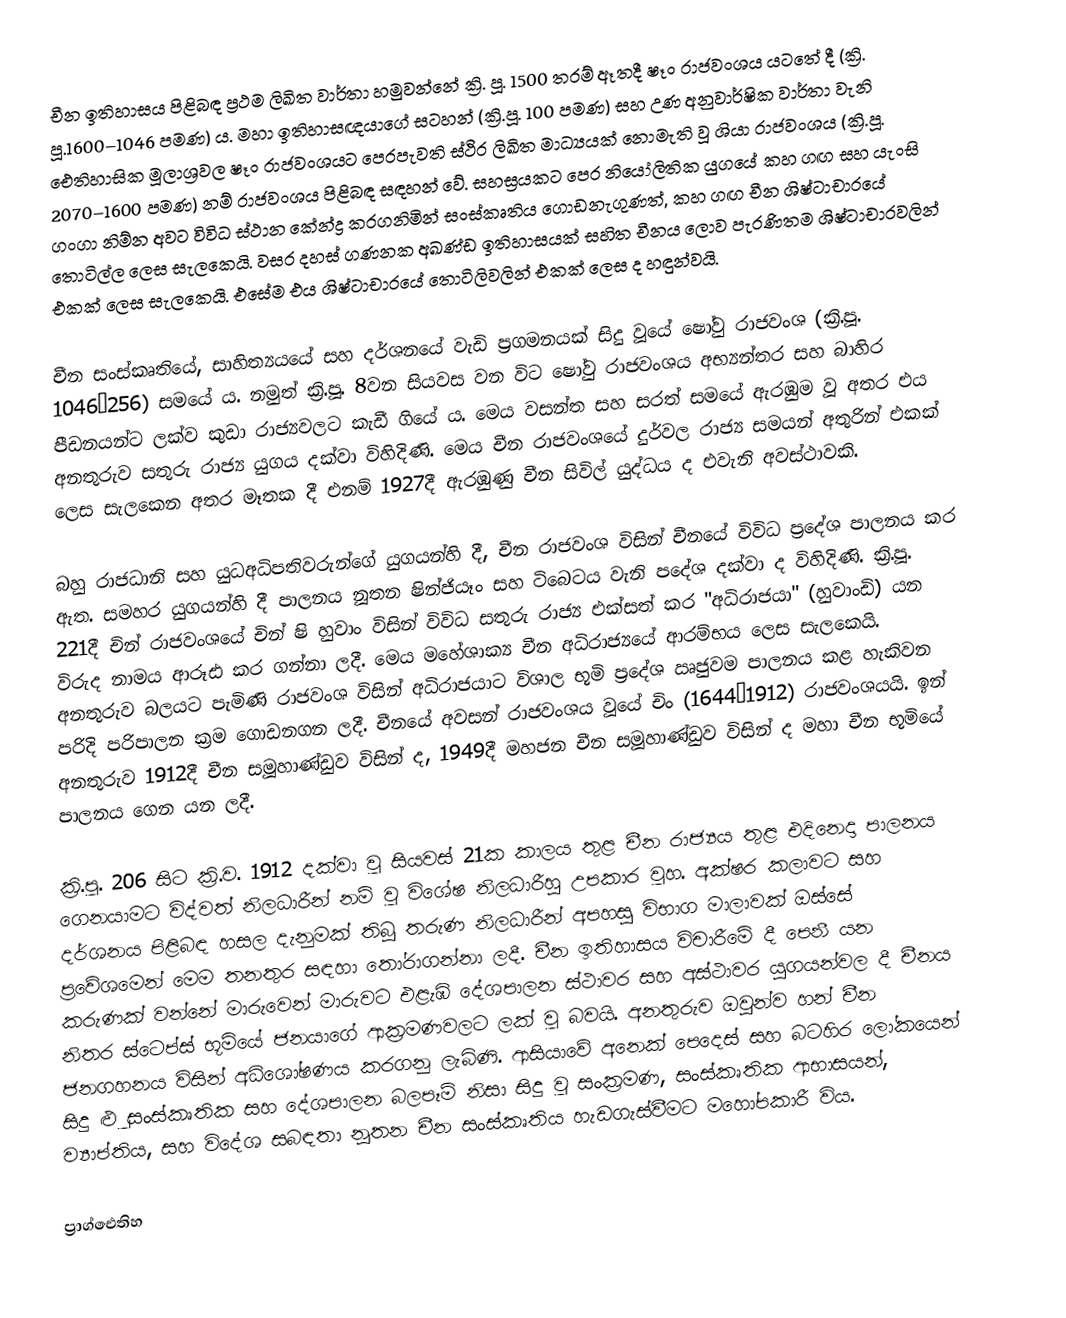
චීන ඉතිහාසය පිළිබඳ ප්‍රථම ලිඛිත වාර්තා හමුවන්නේ ක්‍රි. පූ. 1500 තරම් ඈතදී  ෂෑං රාජවංශය යටතේ දී (ක්‍රි. පූ.1600–1046 පමණ) ය. මහා ඉතිහාසඥයාගේ සටහන් (ක්‍රි.පූ. 100 පමණ) සහ උණ අනුවාර්ෂික වාර්තා වැනි ඓතිහාසික මූලාශ්‍රවල ෂෑං රාජවංශයට පෙරපැවති ස්ථිර ලිඛිත මාධ්‍යයක් නොමැති වූ ශියා රාජවංශය (ක්‍රි.පූ. 2070–1600 පමණ) නම් රාජවංශය පිළිබඳ සඳහන් වේ. සහස්‍රයකට පෙර නියෝලිතික යුගයේ කහ ගඟ සහ යැංසි ගංගා නිම්න අවට විවිධ ස්ථාන කේන්ද්‍ර කරගනිමින් සංස්කෘතිය ගොඩනැගුණත්, කහ ගඟ චීන ශිෂ්ටාචාරයේ තොටිල්ල ලෙස සැලකෙයි. වසර දහස් ගණනක අඛණ්ඩ ඉතිහාසයක් සහිත චීනය ලොව පැරණිතම ශිෂ්ටාචාරවලින් එකක් ලෙස සැලකෙයි. එසේම එය ශිෂ්ටාචාරයේ තොටිලිවලින් එකක් ලෙස ද හඳුන්වයි.

චීන සංස්කෘතියේ, සාහිත්‍යයයේ සහ දර්ශනයේ වැඩි ප්‍රගමනයක් සිදු වූයේ ෂෝවු රාජවංශ (ක්‍රි.පූ. 1046–256) සමයේ ය. නමුත් ක්‍රි.පූ. 8වන සියවස වන විට ෂෝවු රාජවංශය අභ්‍යන්තර සහ බාහිර පීඩනයන්ට ලක්ව කුඩා රාජ්‍යවලට කැඩී ගියේ ය. මෙය වසන්ත සහ සරත් සමයේ ඇරඹුම වූ අතර එය අනතුරුව සතුරු රාජ්‍ය යුගය දක්වා විහිදිණි. මෙය චීන රාජවංශයේ දුර්වල රාජ්‍ය සමයන් අතුරින් එකක් ලෙස සැලකෙන අතර මෑතක දී එනම් 1927දී ඇරඹුණු චීන සිවිල් යුද්ධය ද එවැනි අවස්ථාවකි.

බහු රාජධානි සහ යුධඅධිපතිවරුන්ගේ යුගයන්හි දී, චීන රාජවංශ විසින් චීනයේ විවිධ ප්‍රදේශ පාලනය කර ඇත. සමහර යුගයන්හි දී පාලනය නූතන ෂින්ජියෑං සහ ටිබෙටය වැනි පදේශ දක්වා ද විහිදිණි. ක්‍රි.පූ. 221දී චින් රාජවංශ‍යේ  චින් ෂි හුවාං විසින් විවිධ සතුරු රාජ්‍ය එක්සත් කර "අධිරාජයා" (හුවාංඩි) යන විරුද නාමය ආරූඪ කර ගන්නා ලදී. මෙය මහේශාක්‍ය චීන අධිරාජ්‍යයේ ආරම්භය ලෙස සැලකෙයි. අනතුරුව බලයට පැමිණි රාජවංශ විසින් අධිරාජයාට විශාල භූමි ප්‍රදේශ ඍජුවම පාලනය කළ හැකිවන පරිදි පරිපාලන ක්‍රම ගොඩනගන ලදී. චීනයේ අවසන් රාජවංශය වූයේ චිං (1644–1912) රාජවංශයයි. ඉන් අනතුරුව 1912දී චීන සමූහාණ්ඩුව විසින් ද, 1949දී මහජන චීන සමූහාණ්ඩුව විසින් ද මහා චීන භූමියේ පාලනය ගෙන යන ලදී.

ක්‍රි.පූ. 206 සිට ක්‍රි.ව. 1912 දක්වා වූ සියවස් 21ක කාලය තුළ චීන රාජ්‍යය තුළ එදිනෙදා පාලනය ගෙනයාමට විද්වත් නිලධාරීන් නම් වූ විශේෂ නිලධාරීහු උපකාර වූහ. අක්ෂර කලාවට සහ දර්ශනය පිළිබඳ හසල දැනුමක් තිබූ තරුණ නිලධාරීන් අපහසු විභාග මාලාවක් ඔස්සේ ප්‍රවේශමෙන් මෙම තනතුර සඳහා තෝරාගන්නා ලදී. චීන ඉතිහාසය විචාරීමේ දී පෙනී යන කරුණක් වන්නේ මාරුවෙන් මාරුවට එළැඹි දේශපාලන ස්ථාවර සහ අස්ථාවර යුගයන්වල දී චීනය නිතර ස්ටෙප්ස් භූමියේ ජනයාගේ ආක්‍රමණවලට ලක් වූ බවයි. අනතුරුව ඔවුන්ව හන් චීන ජනගහනය විසින් අධිශෝෂණය කරගනු ලැබිණි. ආසියාවේ අනෙක් පෙදෙස් සහ බටහිර ලෝකයෙන් සිදු ළුූ සංස්කෘතික සහ දේශපාලන බලපෑම් නිසා සිදු වූ සංක්‍රමණ, සංස්කෘතික ආභාසයන්, ව්‍යාප්තිය, සහ විදේශ සබඳතා නූතන චීන සංස්කෘතිය හැඩගැස්වීමට මහෝපකාරී විය.

ප්‍රාග්ඓතිහ